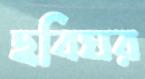
ছবিঘর